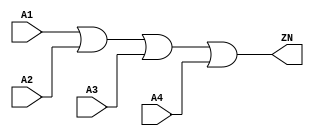
module OR4_X2 (A1, A2, A3, A4, ZN);
  input A1;
  input A2;
  input A3;
  input A4;
  output ZN;

  or(ZN, i_8, A4);
  or(i_8, i_9, A3);
  or(i_9, A1, A2);


endmodule